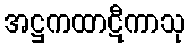
အဋ္ဌကထာဋီကာသု